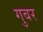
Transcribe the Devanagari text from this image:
गुबर